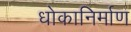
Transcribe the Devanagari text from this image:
धोकानिर्माण